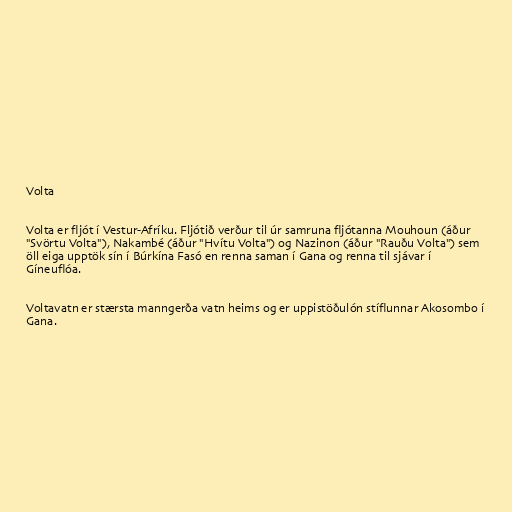
Volta

Volta er fljót í Vestur-Afríku. Fljótið verður til úr samruna fljótanna Mouhoun (áður
"Svörtu Volta"), Nakambé (áður "Hvítu Volta") og Nazinon (áður "Rauðu Volta") sem
öll eiga upptök sín í Búrkína Fasó en renna saman í Gana og renna til sjávar í
Gíneuflóa.

Voltavatn er stærsta manngerða vatn heims og er uppistöðulón stíflunnar Akosombo í
Gana.